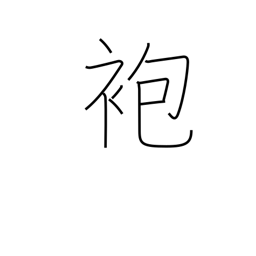
Meaning: coat